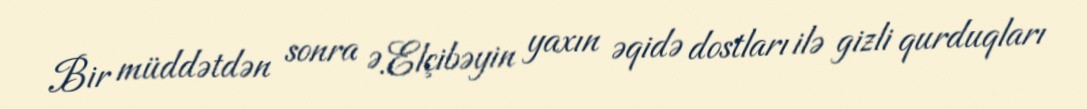
Bir müddətdən sonra Ə.Elçibəyin yaxın əqidə dostları ilə gizli qurduqları